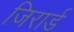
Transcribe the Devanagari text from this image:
जिरार्ड